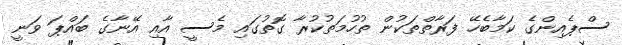
ސްޕެއިންގެ ކަމާބެހޭ ފަރާތްތަކުން ތުހުމަތުކުރާ ގޮތުގައި މެސީ އާއި އޭނާގެ ބައްޕަ ވަނީ